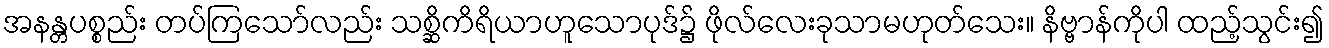
အနန္တပစ္စည်း တပ်ကြသော်လည်း သစ္ဆိကိရိယာဟူသောပုဒ်၌ ဖိုလ်လေးခုသာမဟုတ်သေး။ နိဗ္ဗာန်ကိုပါ ထည့်သွင်း၍